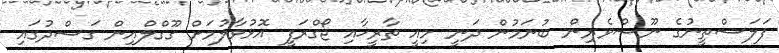
ފަލަސްތީނުގެ ނޫސްވެރިން ބުނަމުން ދަނީ މިއީ ތާރީޚާއި ޖޯގްރަފީ އޮޅުވާލުމަށް ގޫގްލްއިން ގަސްދުގައި